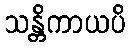
သန္တိကာယပိ